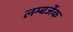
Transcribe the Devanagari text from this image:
लम्बर्जेक